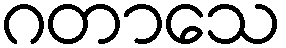
ဂတာသေ